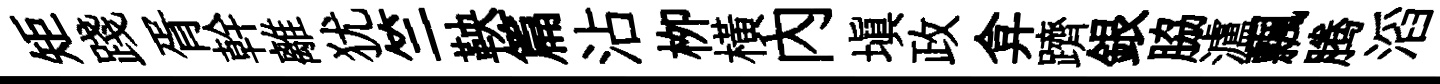
矩踐胥幹離犹竺鞅篇沾栁横內填政弇躋銀脇瀘飄腾滔